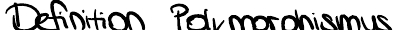
Definition Polymorphismus